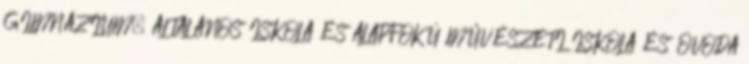
GIMNÁZIUM, ÁLTALÁNOS ISKOLA ÉS ALAPFOKÚ MŰVÉSZETI ISKOLA ÉS ÓVODA